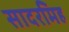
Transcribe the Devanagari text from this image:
सादरमिह